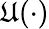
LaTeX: \mathfrak{U}(\cdot)